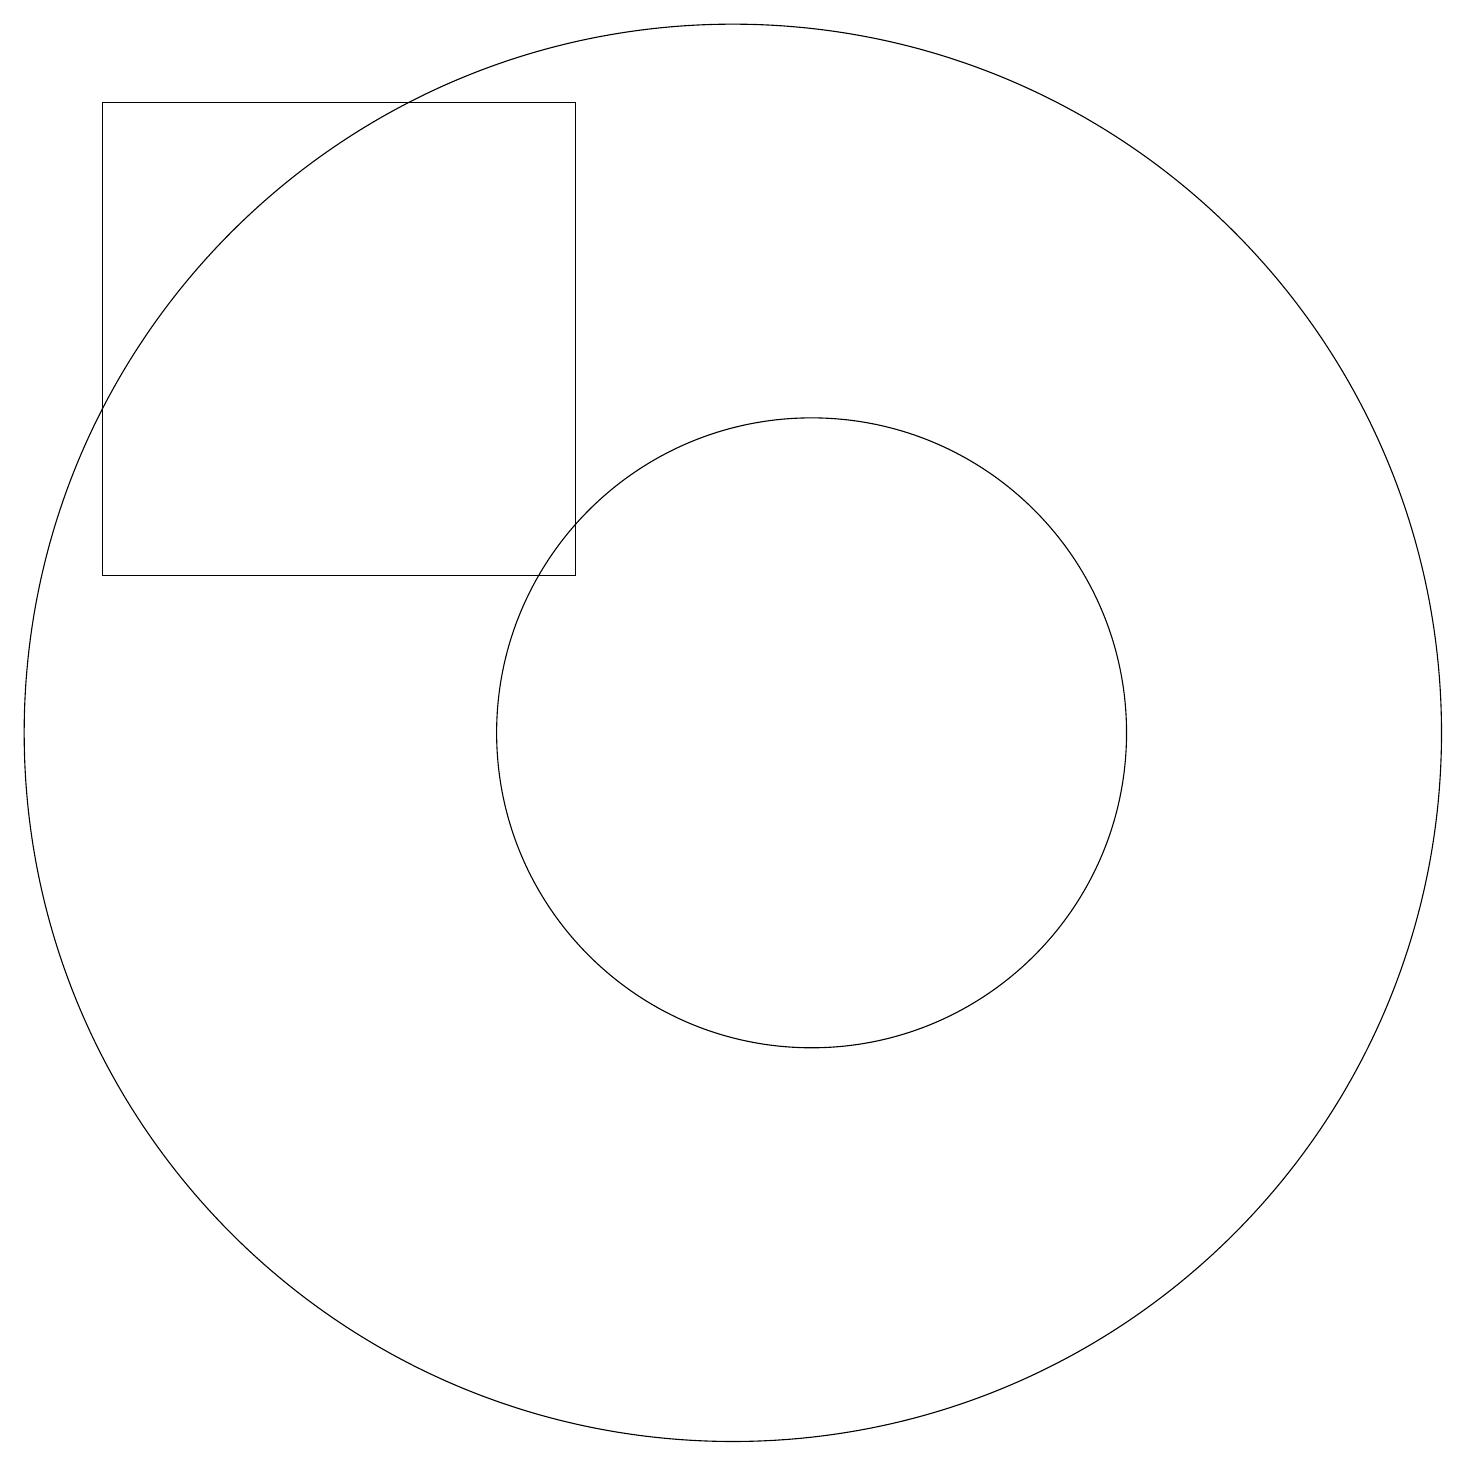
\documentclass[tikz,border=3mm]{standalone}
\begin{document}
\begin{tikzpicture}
\draw (8,18) rectangle (2,12);
\draw (11,10) circle (4);
\draw (10,10) circle (9);
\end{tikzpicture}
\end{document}